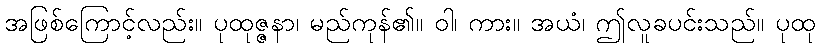
အဖြစ်ကြောင့်လည်း။ ပုထုဇ္ဇနာ၊ မည်ကုန်၏။ ဝါ၊ ကား။ အယံ၊ ဤလူခပင်းသည်။ ပုထု